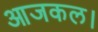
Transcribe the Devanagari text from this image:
आजकल।